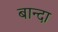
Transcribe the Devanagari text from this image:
बान्दा